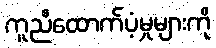
ကူညီထောက်ပံ့မှုများကို